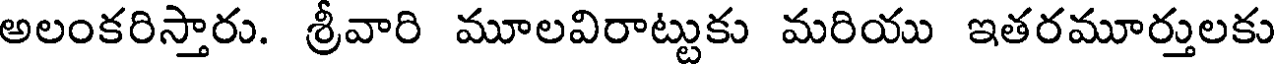
అలంకరిస్తారు. శ్రీవారి మూలవిరాట్టుకు మరియు ఇతరమూర్తులకు